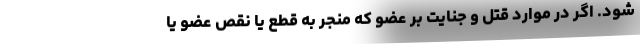
شود. اگر در موارد قتل و جنایت بر عضو که منجر به قطع یا نقص عضو یا